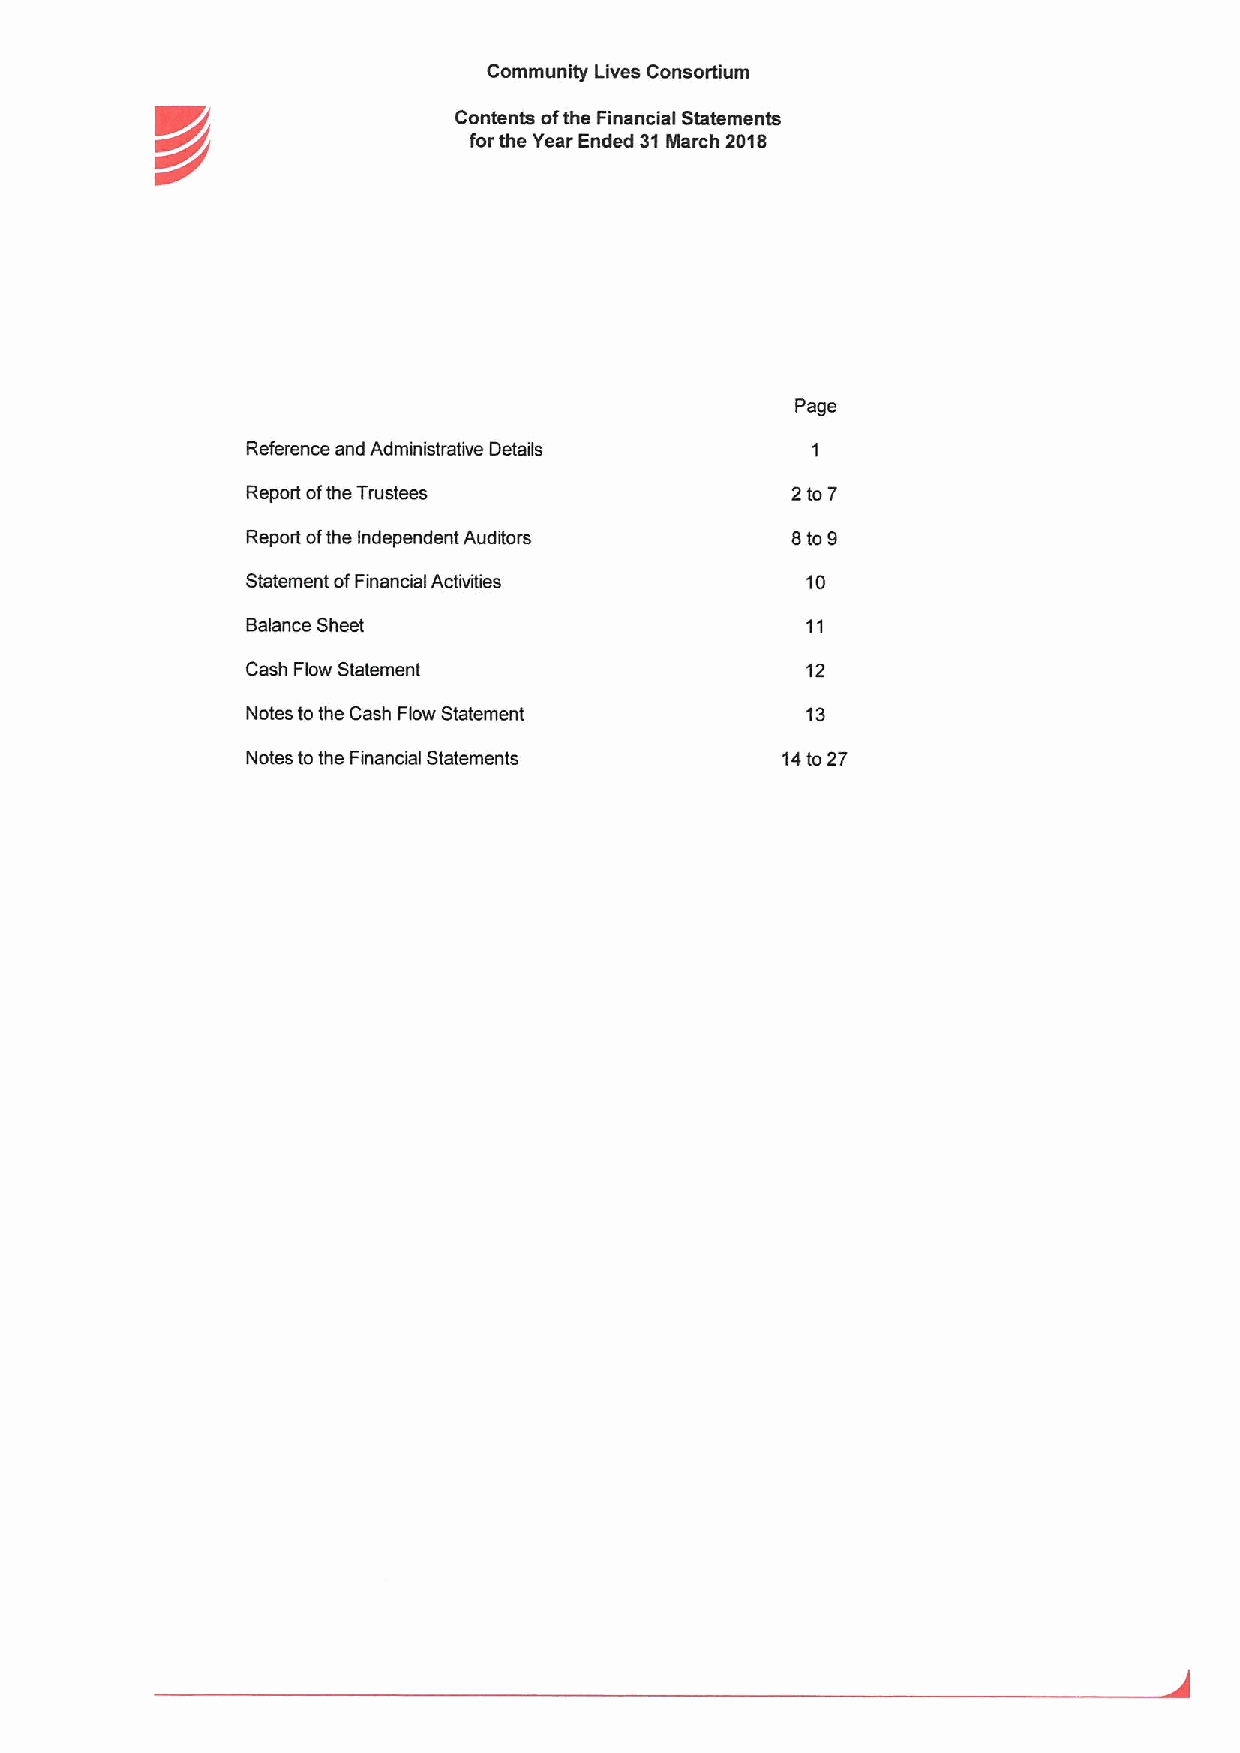
Community Lives Consortium
 Contents ofthe Financial Statements
 K//                  forthe Year Ended 31March 2018
 Page
 Reference and Administrative Details
 Report ofthe Trustees               2to7
 Report ofthe Independent Auditors   cfog
 Statement ofFinancial Activities     tg
 Balance Sheet
 Cash Flow Statement                  12
 Notes tothe Cash Flow Statement      13
 Notes tothe Financial Statements    14to27